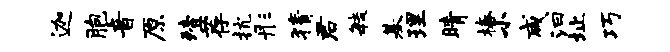
迦胞音原殪荐抗彤猜君敏基理睛椿小咸汩址巧